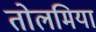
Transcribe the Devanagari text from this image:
तोलमिया